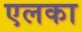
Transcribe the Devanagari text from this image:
एलका